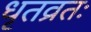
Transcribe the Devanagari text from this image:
धृतव्रतः